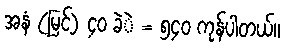
အနံ (မြင့်) ၄၀ ခဲဲ = ၅၄၀ ကုန်ပါတယ်။